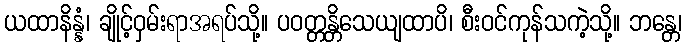
ယထာနိန္နံ၊ ချိုင့်ဝှမ်းရာအရပ်သို့။ ပဝတ္တန္တိသေယျထာပိ၊ စီးဝင်ကုန်သကဲ့သို့။ ဘန္တေ၊